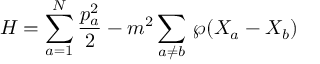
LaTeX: H = \sum _ { a = 1 } ^ { N } \frac { p _ { a } ^ { 2 } } { 2 } - m ^ { 2 } \sum _ { a \neq b } \, { \wp } ( X _ { a } - X _ { b } )